Lunatic asylums Punjab 1895-1910 - 1895-1910
Year: 1895
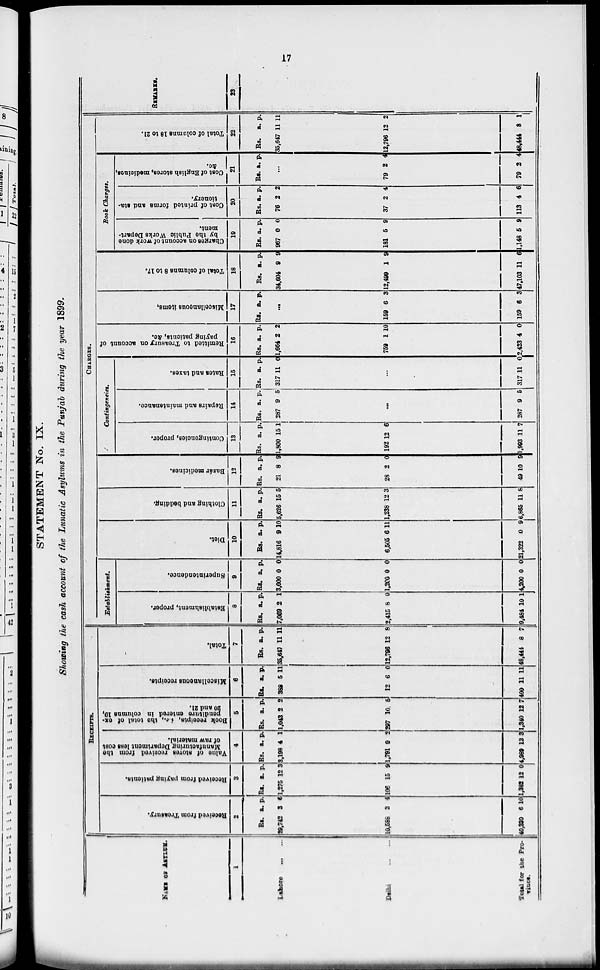
17
STATEMENT No. IX.
Showing the cash account of the Lunatic Asylums in the Punjab during the year 1899.
NAME OF ASYLUM.
1
Lahore
...
...
Delhi
...
...
Total for the Pro-
Vince.
RECEIPTS.
Received from Treasury.
2
Rs.
29,742
10,586
40,380
a.
3
3
6
p.
6
4
10
Received from paying patients.
3
Rs.
1,275
106
1,382
a.
12
15
12
p.
3
9
0
Value of stores received from the
Manufacturing Department less cost
of raw material.
4
Rs.
3,198
1,791
4,989
a.
4
9
13
p.
1
2
3
Book receipts, i.e., the total of ex-
p enditure entered in columns 19,
20 and 21.
5
Rs.
1,043
207
1,340
a.
2
10
12
p.
2
5
7
Miscellaneous receipts.
6
Rs.
388
12
400
a.
5
6
11
p.
11
0
11
Total.
7
Rs.
35,647
12,796
48,444
a.
11
12
8
p.
11
8
7
CHARGES.
Establishment.
Establishment, proper.
8
Rs.
7,069
2,415
9,484
a.
2
8
10
p.
1
0
1
Superintendence.
9
Rs.
3,000
1,200
4,200
a.
0
0
0
p.
0
0
0
Diet.
10
Rs.
14,816
6,505
21,322
a.
9
6
0
p.
10
11
9
Clothing and bedding.
11
Rs.
5,626
1,238
6,865
a.
15
12
11
p.
5
3
8
Bazár medicines.
12
Rs.
21
28
49
a.
8
2
10
p.
9
0
9
Contingencies.
Contingencies, proper.
13
Rs.
1,800
192
1,903
a.
15
12
11
p.
1
6
7
Repairs and maintenance
14
Rs.
287
a.
9
p.
5
...
287 9 5
Rates and taxes.
15
Rs.
317
a.
11
p.
0
...
317 11 0
Remitted to Treasury on account of
paying patients, Ac.
16
Rs.
1,664
759
2,423
a.
2
1
4
p.
2
10
0
Miscellaneous items.
17
Rs. a.
p.
...
159
159
6
6
3
3
Total of columns 8 to 17.
18
Rs.
34,604
12,499
47,103
a.
9
1
11
p.
9
9
6
Book Charges.
Charges on account of work done
by the Public Works Depart-
ment.
19
Rs.
967
181
1,148
a.
0
5
5
p.
0
9
9
Cost of printed forms and sta-
tionery.
20
Rs.
76
37
113
a.
2
2
4
p.
2
4
6
Cost of English stores, medicines,
&c.
21
Rs. a.
p.
...
79
79
2
2
4
4
Total of columns 18 to 21.
22
Rs.
35,647
12,796
48,444
a.
p.
11 11
12
8
2
1
REMARKS.
23